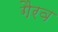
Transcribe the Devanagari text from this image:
गैरव